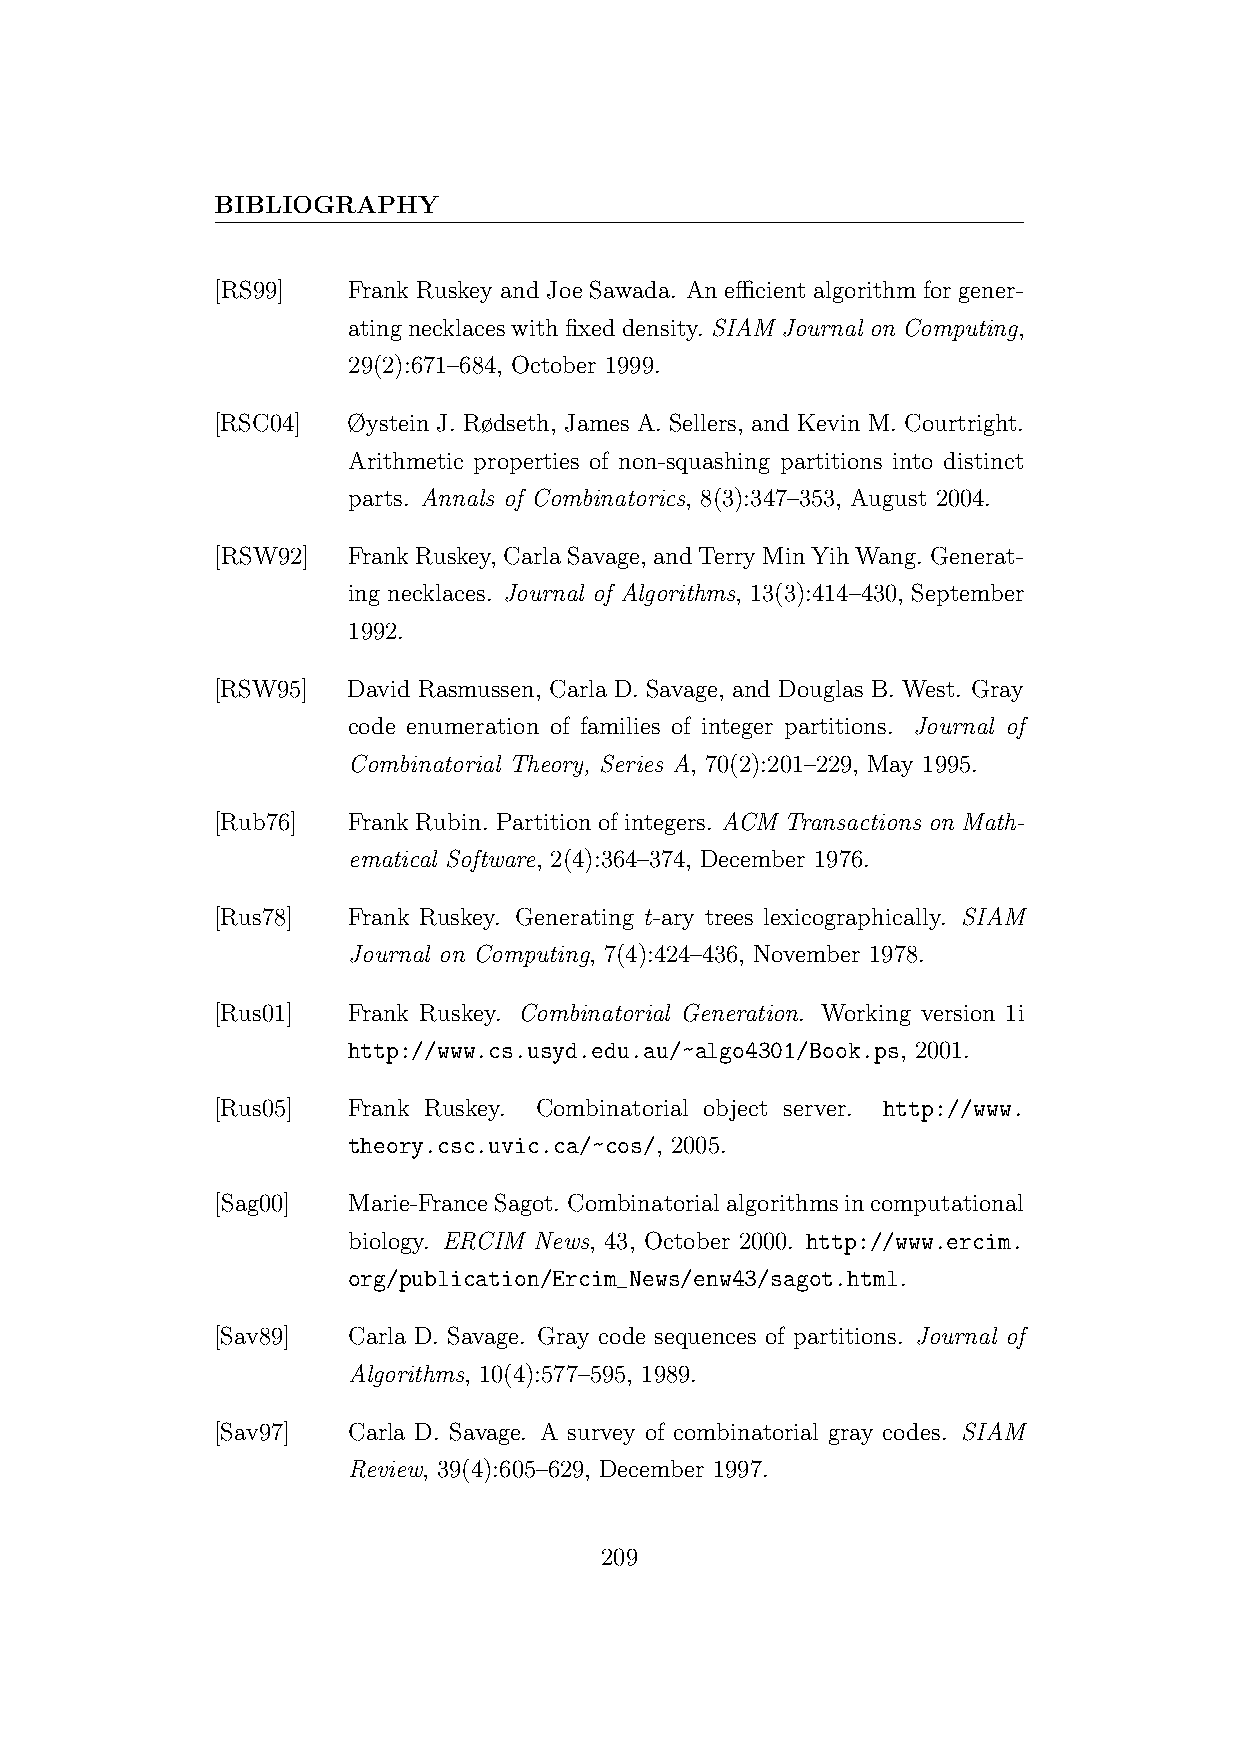
BIBLIOGRAPHY
 [RS99]   Frank Ruskey and Joe Sawada. An efficient algorithm for gener-
 atingnecklaceswithfixeddensity. SIAM Journal on Computing,
 29(2):671–684, October 1999.
 [RSC04]  Øystein J. Rødseth, James A. Sellers, and Kevin M. Courtright.
 Arithmetic properties of non-squashing partitions into distinct
 parts. Annals of Combinatorics, 8(3):347–353, August 2004.
 [RSW92]  FrankRuskey, CarlaSavage, andTerryMinYihWang. Generat-
 ing necklaces. Journal of Algorithms, 13(3):414–430, September
 1992.
 [RSW95]  David Rasmussen, Carla D. Savage, and Douglas B. West. Gray
 code enumeration of families of integer partitions. Journal of
 Combinatorial Theory, Series A, 70(2):201–229, May 1995.
 [Rub76]  FrankRubin. Partitionofintegers. ACM Transactions on Math-
 ematical Software, 2(4):364–374, December 1976.
 [Rus78]  Frank Ruskey. Generating t-ary trees lexicographically. SIAM
 Journal on Computing, 7(4):424–436, November 1978.
 [Rus01]  Frank Ruskey. Combinatorial Generation. Working version 1i
 http://www.cs.usyd.edu.au/~algo4301/Book.ps, 2001.
 [Rus05]  Frank Ruskey. Combinatorial object server. http://www.
 theory.csc.uvic.ca/~cos/, 2005.
 [Sag00]  Marie-FranceSagot. Combinatorialalgorithmsincomputational
 biology. ERCIM News, 43, October 2000. http://www.ercim.
 org/publication/Ercim_News/enw43/sagot.html.
 [Sav89]  Carla D. Savage. Gray code sequences of partitions. Journal of
 Algorithms, 10(4):577–595, 1989.
 [Sav97]  Carla D. Savage. A survey of combinatorial gray codes. SIAM
 Review, 39(4):605–629, December 1997.
 209